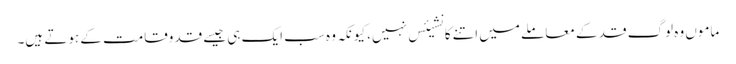
ماموں وہ لوگ قد کے معاملے میں اتنے کانشیئس نہیں، کیونکہ وہ سب ایک ہی جیسے قدوقامت کے ہوتے ہیں۔